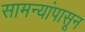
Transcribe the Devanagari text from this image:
सामन्यांपासून